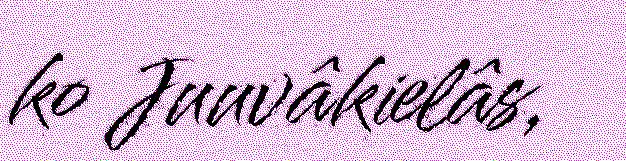
ko Juuvâkielâs,